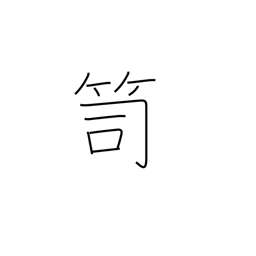
Meaning: clothes chest